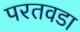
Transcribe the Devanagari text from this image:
परतवडा